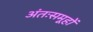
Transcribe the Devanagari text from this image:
अंतःसमूहों